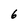
Character: 6